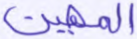
المهين